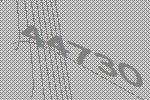
44730